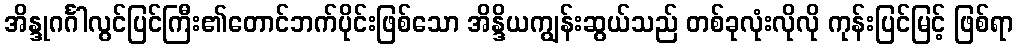
အိန္ဒုဂင်္ဂါလွင်ပြင်ကြီး၏တောင်ဘက်ပိုင်းဖြစ်သော အိန္ဒိယကျွန်းဆွယ်သည် တစ်ခုလုံးလိုလို ကုန်းပြင်မြင့် ဖြစ်ရာ